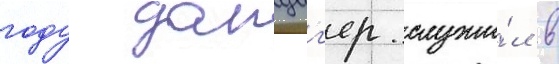
году данциг'ер служи́л в